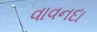
વાવનદા